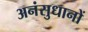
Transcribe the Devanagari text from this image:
अनंसुधानों